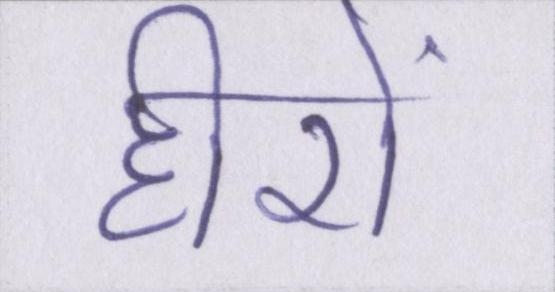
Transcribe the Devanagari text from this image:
हीरों